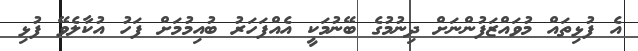
އެ ފުޅިތައް މުވައްޒަފުންނަށް ދިނުމުގެ ބޭނުމަކީ އެއްފަހަރު ބުއިމުމަށް ފަހު އުކާލެވޭ ފުޅި